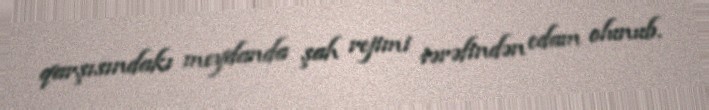
qarşısındakı meydanda şah rejimi tərəfindən edam olunub.